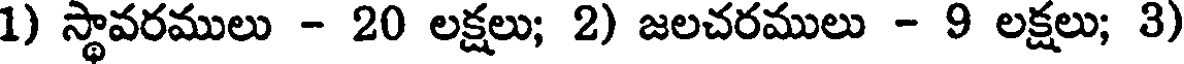
1) స్థావరములు - 20 లక్షలు; 2) జలచరములు - 9 లక్షలు; 3)